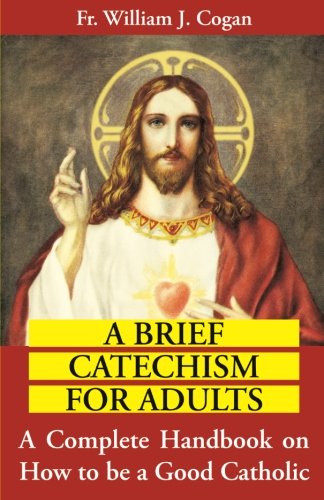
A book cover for A Brief Catechism For Adults: A Complete Handbook on How to be a Good Catholic; Rev. Fr. William J. Cogan; Christian Books & Bibles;